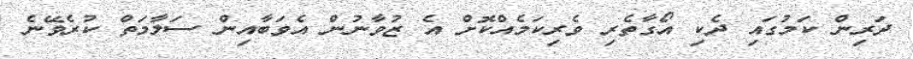
ދަރިން ކަމުގައި ދެކި އޯގާތެރި ވެރިކަމެއްކޮށް އެ ޒުވާނުން އެވަބާއިން ސަލާމަތް ކުރެވޭނެ